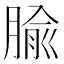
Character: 腧